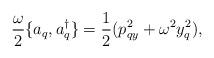
LaTeX: \begin{align*}\frac{\omega}{2} \{ a_q,a^\dagger_q \}=\frac{1}{2}(p_{qy}^2+\omega^2 y_q^2) ,\end{align*}